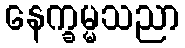
နေက္ခမ္မသညာ